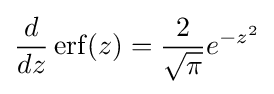
{\frac {d}{dz}}\operatorname {erf} (z)={\frac {2}{\sqrt {\pi }}}e^{-z^{2}}